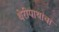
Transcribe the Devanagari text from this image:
थेरीगाथांचा